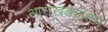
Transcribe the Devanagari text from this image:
आराखड्यातच